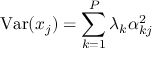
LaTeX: \operatorname { V a r } ( x _ { j } ) = \sum _ { k = 1 } ^ { P } \lambda _ { k } \alpha _ { k j } ^ { 2 }